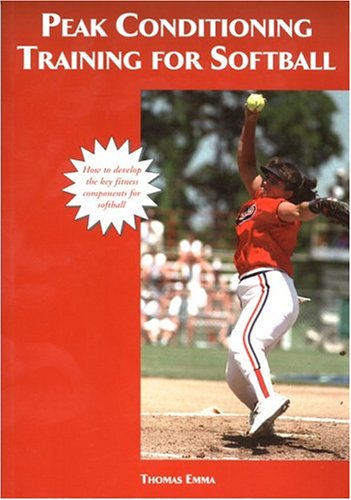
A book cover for Peak Conditioning Training For Softball; Thomas Emma; Sports & Outdoors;